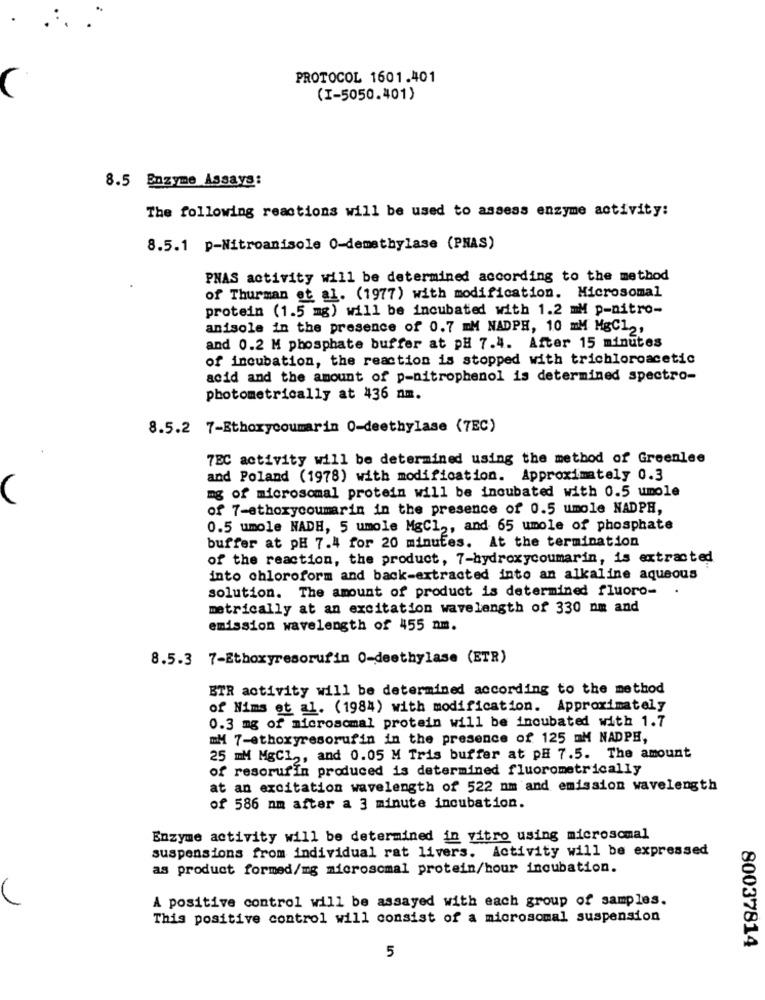
PROTOCOL 1601.401
(I-5050.401)
8.5 Enzyme Assays:
The following reactions will be used to assess enzyme activity:
8.5.1 p-Nitroanisole 0-demethylase (PNAS)
PNAS activity will be determined according to the method
of Thurman et al. (1977) with modification. Microsomal
protein (1.5 mg) will be incubated with 1.2 mM p-nitro-
anisole in the presence of 0.7 mM NADPH, 10 mM MgC12,
and 0.2 M phosphate buffer at pH 7.4. After 15 minutes
of incubation, the reaction is stopped with trichloroacetic
acid and the amount of p-nitrophenol is determined spectro-
photometrically at 436 nm.
8.5.2 7-Ethoxycoumarin 0-deethylase (7EC)
7EC activity will be determined using the method of Greenlee
and Poland (1978) with modification. Approximately 0.3
mg of microsomal protein will be incubated with 0.5 umole
of 7-ethoxycoumarin in the presence of 0.5 umole NADPH,
0.5 umole NADH, 5 umole MgCl ,, and 65 umole of phosphate
buffer at pH 7.4 for 20 minutes. At the termination
of the reaction, the product, 7-hydroxycoumarin, is extracted
into chloroform and back-extracted into an alkaline aqueous
solution. The amount of product is determined fluoro-
metrically at an excitation wavelength of 330 nm and
emission wavelength of 455 nm.
8.5.3 7-Ethoxyresorufin 0-deethylase (ETR)
ETR activity will be determined according to the method
of Hims et al. (1984) with modification. Approximately
0.3 mg of microsomal protein will be incubated with 1.7
mM 7-ethoxyresorufin in the presence of 125 mM NADPH,
25 MM MgCl ,, and 0.05 M Tris buffer at pH 7.5. The amount
of resorufin produced is determined fluorometrically
at an excitation wavelength of 522 mm and emission wavelength
of 586 nm after a 3 minute incubation.
Enzyme activity will be determined in vitro using microsomal
suspensions from individual rat livers. Activity will be expressed
as product formed/mg microsomal protein/bour incubation.
A positive control will be assayed with each group of samples.
This positive control will consist of a microsomal suspension
5
80037814